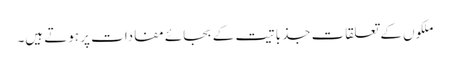
ملکوں کے تعلقات جذباتیت کے بجائے مفادات پر ہوتے ہیں۔